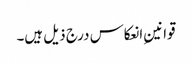
قوانینِ انعکاس درج ذیل ہیں۔